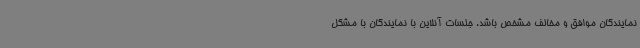
نمایندگان موافق و مخالف مشخص باشد. جلسات آنلاین با نمایندگان با مشکل